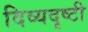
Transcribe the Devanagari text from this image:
दिव्यदृष्टी